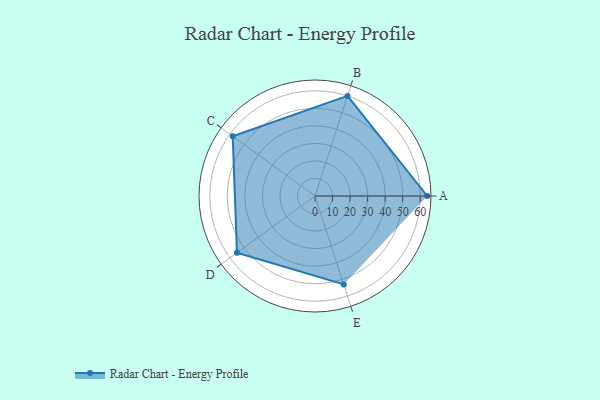
{"axis": {"x": "Skill", "y": "Score"}, "legend": ["Profile"], "data": [{"x": "A", "y": 64.0, "type": "Profile"}, {"x": "B", "y": 60.0, "type": "Profile"}, {"x": "C", "y": 58.0, "type": "Profile"}, {"x": "D", "y": 55.0, "type": "Profile"}, {"x": "E", "y": 53.0, "type": "Profile"}]}